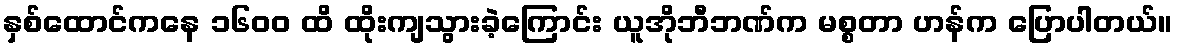
နှစ်ထောင်ကနေ ၁၆၀၀ ထိ ထိုးကျသွားခဲ့ကြောင်း ယူအိုဘီဘဏ်က မစ္စတာ ဟန်က ပြောပါတယ်။